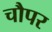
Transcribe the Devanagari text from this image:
चौपर